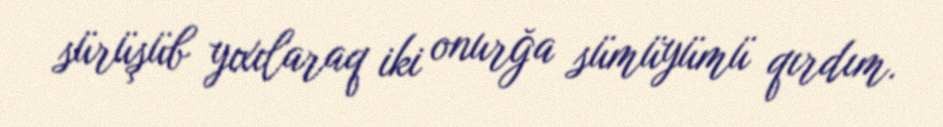
sürüşüb yıxılaraq iki onurğa sümüyümü qırdım.